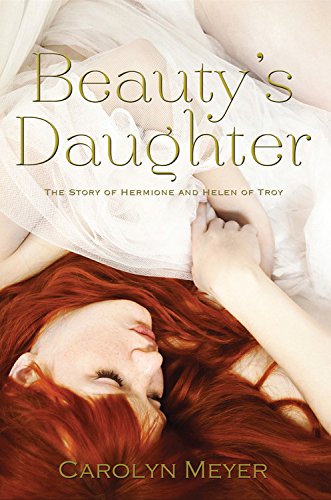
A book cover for Beauty's Daughter: The Story of Hermione and Helen of Troy; Carolyn Meyer; Teen & Young Adult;